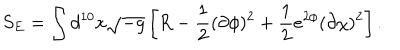
LaTeX: S _ { E } = \int d ^ { 1 0 } x \sqrt { - g } \left[ R - \frac { 1 } { 2 } ( \partial \phi ) ^ { 2 } + \frac { 1 } { 2 } e ^ { 2 \phi } ( \partial \chi ) ^ { 2 } \right] .